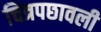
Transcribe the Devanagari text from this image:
चित्रपछावली